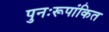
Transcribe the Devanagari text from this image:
पुनःरूपांकित